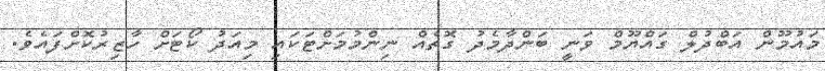
މައުމޫން އަބްދުލް ގައްޔޫމް ވަނީ ބަންދާމެދު ގޮތެއް ނިންމުމަށްޓަކައި މިއަދު ކޯޓަށް ހާޒިރުކޮށްފައެވެ.